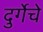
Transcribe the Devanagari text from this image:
दुर्गेचे